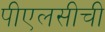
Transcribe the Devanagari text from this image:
पीएलसीची